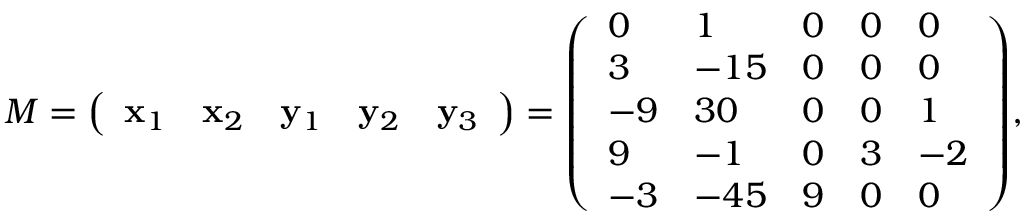
M = { \left( \begin{array} { l l l l l } { \mathbf { x } _ { 1 } } & { \mathbf { x } _ { 2 } } & { \mathbf { y } _ { 1 } } & { \mathbf { y } _ { 2 } } & { \mathbf { y } _ { 3 } } \end{array} \right) } = { \left( \begin{array} { l l l l l } { 0 } & { 1 } & { 0 } & { 0 } & { 0 } \\ { 3 } & { - 1 5 } & { 0 } & { 0 } & { 0 } \\ { - 9 } & { 3 0 } & { 0 } & { 0 } & { 1 } \\ { 9 } & { - 1 } & { 0 } & { 3 } & { - 2 } \\ { - 3 } & { - 4 5 } & { 9 } & { 0 } & { 0 } \end{array} \right) } ,